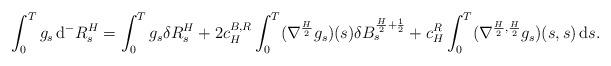
LaTeX: \begin{align*}\int_0^Tg_s\,\mathrm{d}^-R_s^H = \int_0^Tg_s\delta R_s^H + 2c_H^{B,R}\int_0^T (\nabla^\frac{H}{2}g_s)(s)\delta{B}_s^{\frac{H}{2}+\frac{1}{2}} + c_H^R\int_0^T(\nabla^{\frac{H}{2},\frac{H}{2}}g_s)(s,s)\,\mathrm{d}{s}.\end{align*}